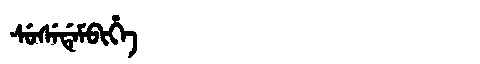
Manchu: ᠰᡠᠰᡝᡩᡝᠮᠪᡳᡥᡝ
Romanization: SUSEDEMBIHE